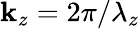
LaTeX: \mathbf{k}_{z}=2\pi/\lambda_{z}